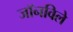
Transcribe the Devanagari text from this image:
जॉनविले